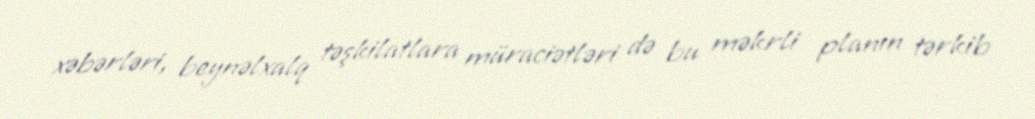
xəbərləri, beynəlxalq təşkilatlara müraciətləri də bu məkrli planın tərkib